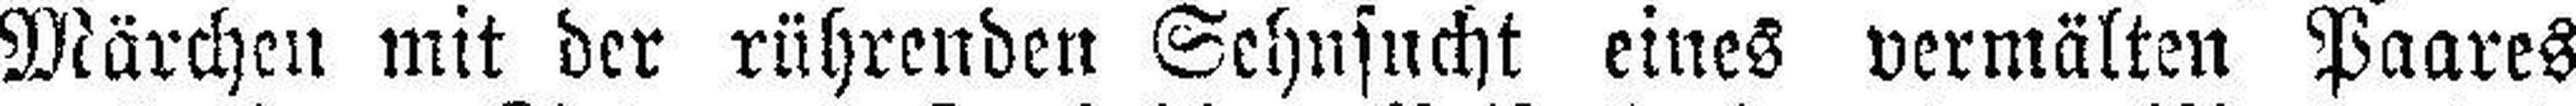
Märchen mit der rührenden Sehnsucht eines vermälten Paares